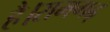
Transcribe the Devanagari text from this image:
है।रामगढ़